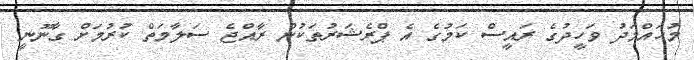
މުހައްމަދު ވަހީދުގެ ރައީސް ކަމުގެ އެ ޕްރެޝަރުތަކުން ރާއްޖެ ސަލާމަތް ކުރުމަށް ގާނޫނީ